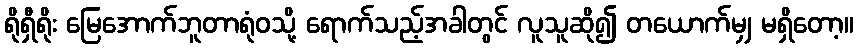
ရိုရှီရိုး မြေအောက်ဘူတာရုံဝသို့ ရောက်သည့်အခါတွင် လူသူဆို၍ တယောက်မျှ မရှိတော့။